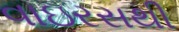
વાઇરસથી